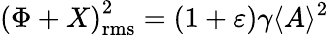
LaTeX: {(\Phi+X)}_{\mathrm{rms}}^{2}=(1+\varepsilon)\gamma\langle{A}\rangle^{2}